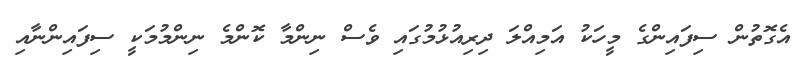
އެގޮތުން ސިފައިންގެ މީހަކު އަމިއްލަ ދިރިއުޅުމުގައި ވެސް ނިންމާ ކޮންމެ ނިންމުމަކީ ސިފައިންނާއި